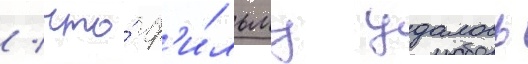
/ что́ ф'и́льму удалось